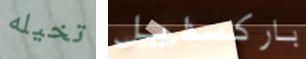
تخيله باركسدايل